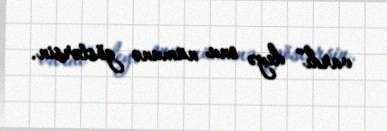
vardı” deyə onu nümunə göstərsin.